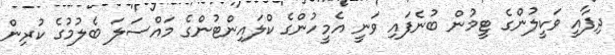
ދިފާއީ ވަކީލުންގެ ޓީމުން ބުނެފައި ވަނީ އެމީހުންގެ ކްލައިންޓުންގެ މައްސަލަ ބެލުމުގެ ކުރިން